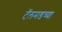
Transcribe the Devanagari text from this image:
टॅलमडच्या